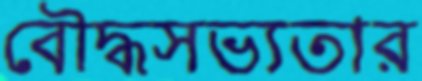
বৌদ্ধসভ্যতার